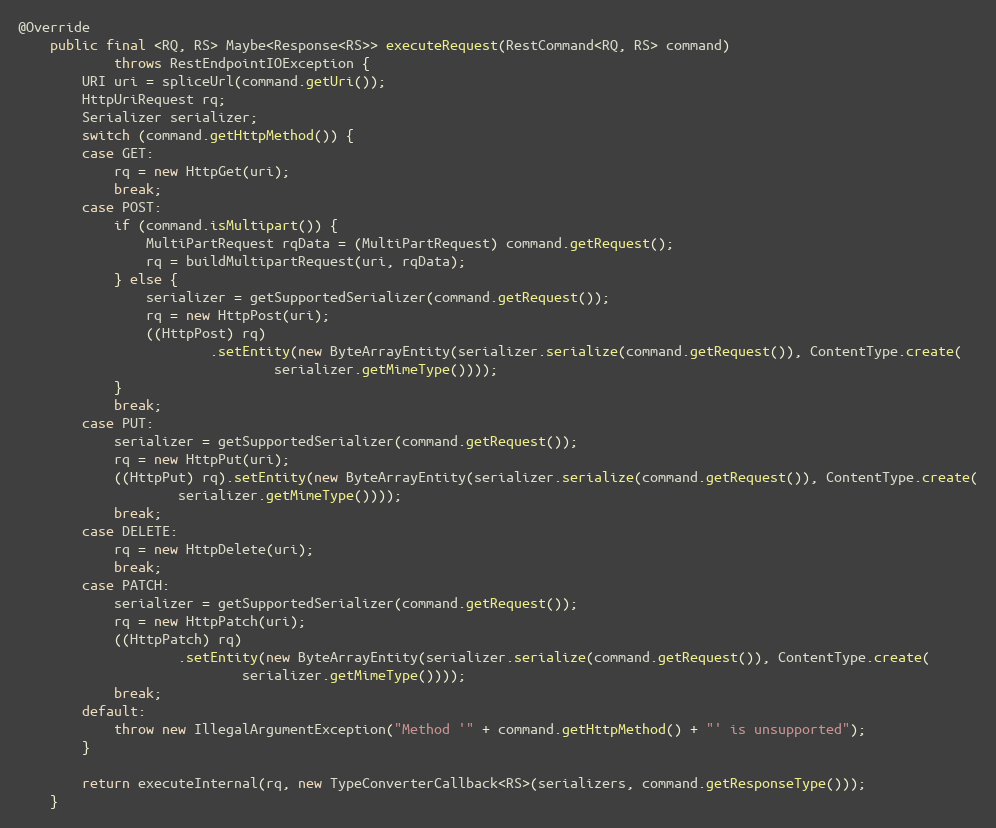
Language: Java
@Override
    public final <RQ, RS> Maybe<Response<RS>> executeRequest(RestCommand<RQ, RS> command)
            throws RestEndpointIOException {
        URI uri = spliceUrl(command.getUri());
        HttpUriRequest rq;
        Serializer serializer;
        switch (command.getHttpMethod()) {
        case GET:
            rq = new HttpGet(uri);
            break;
        case POST:
            if (command.isMultipart()) {
                MultiPartRequest rqData = (MultiPartRequest) command.getRequest();
                rq = buildMultipartRequest(uri, rqData);
            } else {
                serializer = getSupportedSerializer(command.getRequest());
                rq = new HttpPost(uri);
                ((HttpPost) rq)
                        .setEntity(new ByteArrayEntity(serializer.serialize(command.getRequest()), ContentType.create(
                                serializer.getMimeType())));
            }
            break;
        case PUT:
            serializer = getSupportedSerializer(command.getRequest());
            rq = new HttpPut(uri);
            ((HttpPut) rq).setEntity(new ByteArrayEntity(serializer.serialize(command.getRequest()), ContentType.create(
                    serializer.getMimeType())));
            break;
        case DELETE:
            rq = new HttpDelete(uri);
            break;
        case PATCH:
            serializer = getSupportedSerializer(command.getRequest());
            rq = new HttpPatch(uri);
            ((HttpPatch) rq)
                    .setEntity(new ByteArrayEntity(serializer.serialize(command.getRequest()), ContentType.create(
                            serializer.getMimeType())));
            break;
        default:
            throw new IllegalArgumentException("Method '" + command.getHttpMethod() + "' is unsupported");
        }

        return executeInternal(rq, new TypeConverterCallback<RS>(serializers, command.getResponseType()));
    }